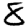
Digit: 8